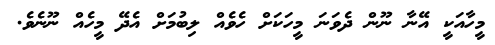
މީހާއަކީ އޭނާ ނޫން ދެވަނަ މީހަކަށް ހެވެއް ލިބުމަށް އެދޭ މީހެއް ނޫނެވެ.